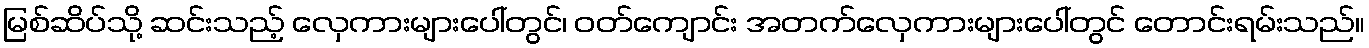
မြစ်ဆိပ်သို့ ဆင်းသည့် လှေကားများပေါ်တွင်၊ ဝတ်ကျောင်း အတက်လှေကားများပေါ်တွင် တောင်းရမ်းသည်။